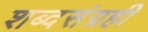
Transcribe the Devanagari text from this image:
शब्दसंग्रही